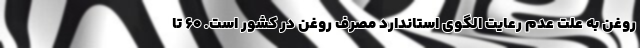
روغن به علت عدم رعایت الگوی استاندارد مصرف روغن در کشور است. ۶۰ تا